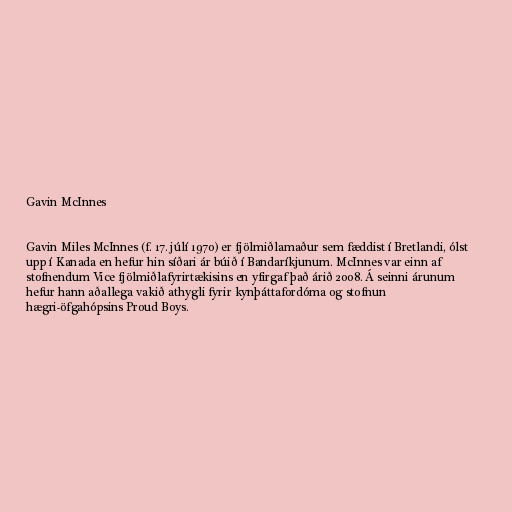
Gavin McInnes

Gavin Miles McInnes (f. 17. júlí 1970) er fjölmiðlamaður sem fæddist í Bretlandi, ólst
upp í Kanada en hefur hin síðari ár búið í Bandaríkjunum. McInnes var einn af
stofnendum Vice fjölmiðlafyrirtækisins en yfirgaf það árið 2008. Á seinni árunum
hefur hann aðallega vakið athygli fyrir kynþáttafordóma og stofnun
hægri-öfgahópsins Proud Boys.